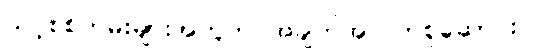
သင့်စစ်တမ်းများအတွက် အချက်အလက်စုဆောင်းပါ။